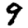
Digit: 9